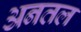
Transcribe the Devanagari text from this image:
अनतल